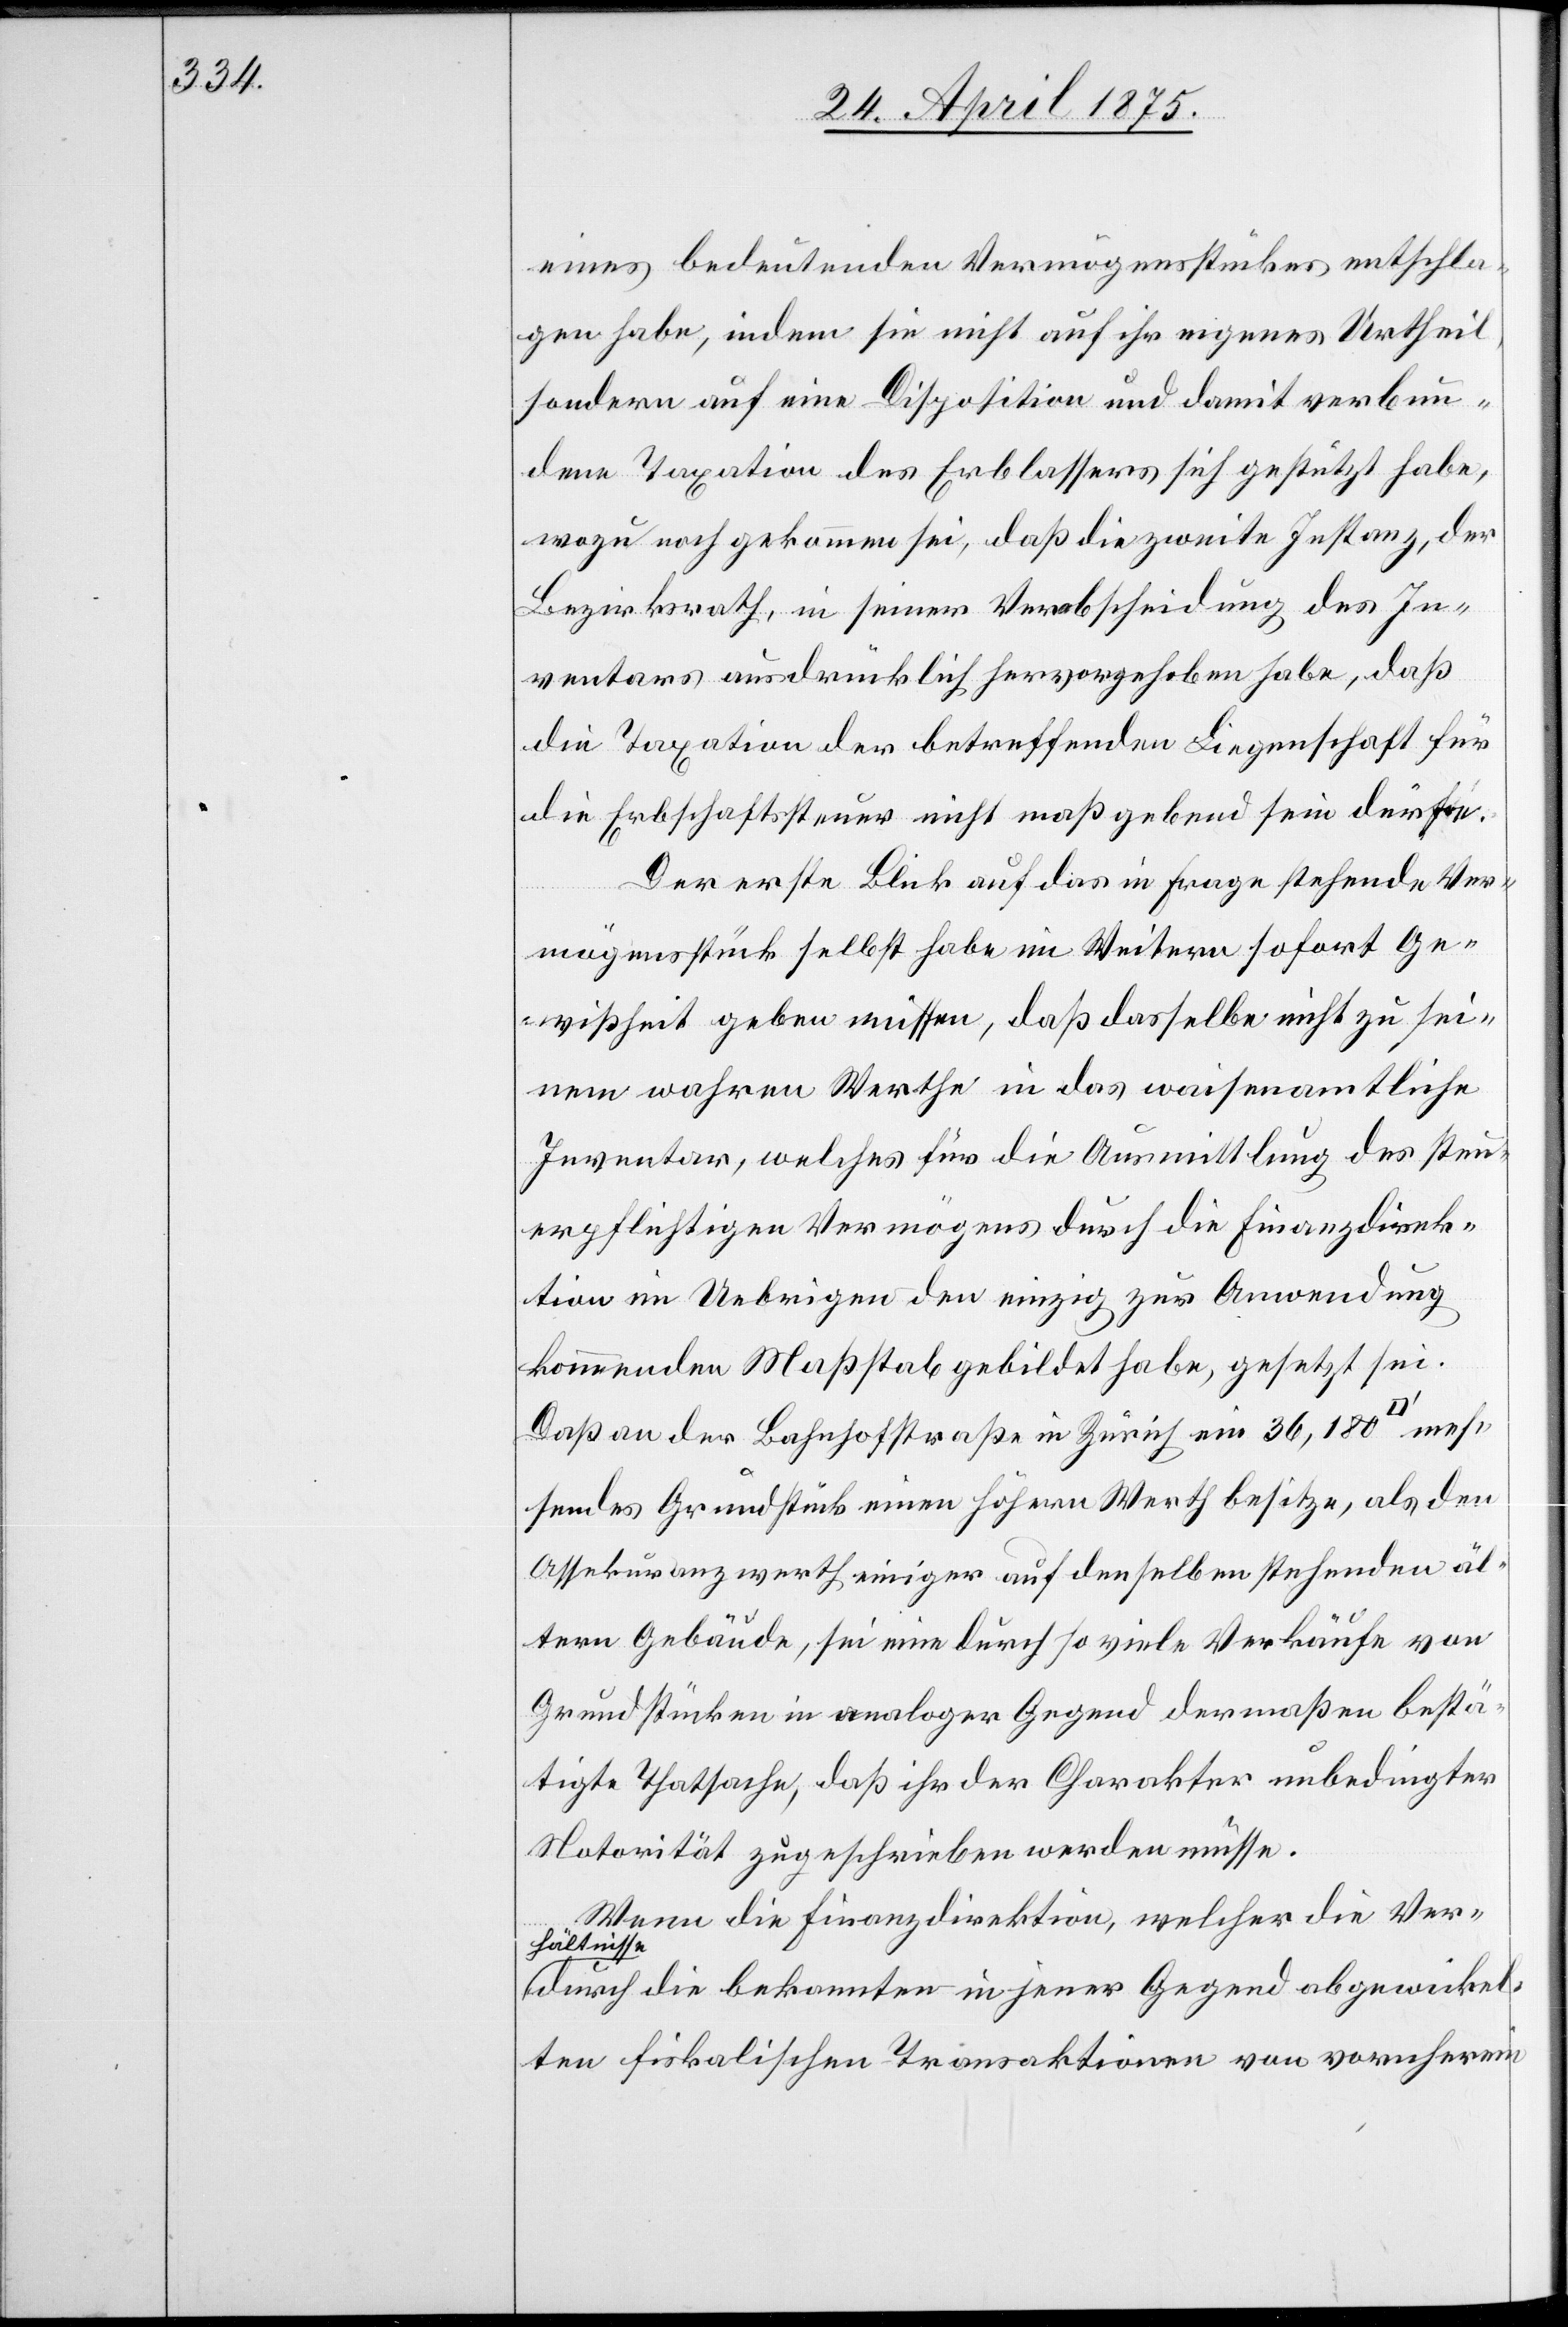
eines bedeutenden Vermögensstückes entschla¬
gen habe, indem sie nicht auf ihr eigenes Urtheil,
sondern auf eine Disposition und damit verbun¬
dene Taxation des Erblassers sich gestützt habe,
wozu noch gekommen sei, daß die zweite Instanz, der
Bezirksrath, in seiner Verabscheidung des In¬
ventars ausdrücklich hervorgehoben habe, daß
die Taxation der betreffenden Liegenschaft für
die Erbschaftsteuer nicht maßgebend sein dürfte.
Der erste Blick auf das in Frage stehende Ver¬
mögensstück selbst habe im Weitern sofort Ge¬
wißheit geben müssen, daß dasselbe nicht zu sei¬
nem wahren Werthe in das waisenamtliche
Inventar, welches für die Ausmittlung des steu¬
erpflichtigen Vermögens durch die Finanzdirek¬
tion im Uebrigen den einzig zur Anwendung
kommenden Maßstab gebildet habe, gesetzt sei.
Das an der Bahnhofstraße in Zürich ein 36,180
messendes Grundstück einen höhern Werth besitze, als den
Assekuranzwerth einiger auf denselben stehenden äl¬
tern Gebäude, sei eine durch so viele Verkäufe von
Grundstücken in analoger Gegend dermaßen bestä¬
tigte Thatsache, daß ihr der Charakter unbedingter
Notorität zugeschrieben werden müsse.
Wenn die Finanzdirektion, welcher die Ver¬
hältnisse
durch die bekannten in jener Gegend abgewickel¬
ten fiskalischen Transaktionen von vornherein